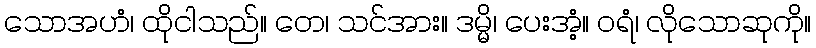
သောအဟံ၊ ထိုငါသည်။ တေ၊ သင်အား။ ဒမ္မိ၊ ပေးအံ့။ ဝရံ၊ လိုသောဆုကို။